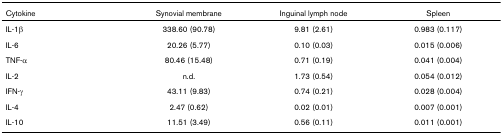
| Cytokine | Synovial membrane | Inguinal lymph node | Spleen |
 | --- | --- | --- | --- |
 | IL-1β | 338.60 (90.78) | 9.81 (2.61) | 0.983 (0.117) |
 | IL-6 | 20.26 (5.77) | 0.10 (0.03) | 0.015 (0.006) |
 | TNF-α | 80.46 (15.48) | 0.71 (0.19) | 0.041 (0.004) |
 | IL-2 | n.d. | 1.73 (0.54) | 0.054 (0.012) |
 | IFN-γ | 43.11 (9.83) | 0.74 (0.21) | 0.028 (0.004) |
 | IL-4 | 2.47 (0.62) | 0.02 (0.01) | 0.007 (0.001) |
 | IL-10 | 11.51 (3.49) | 0.56 (0.11) | 0.011 (0.001) |